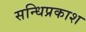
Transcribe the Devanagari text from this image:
सन्धिप्रकाश